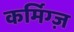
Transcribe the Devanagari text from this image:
कर्मिग्ज़